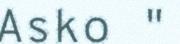
Asko "